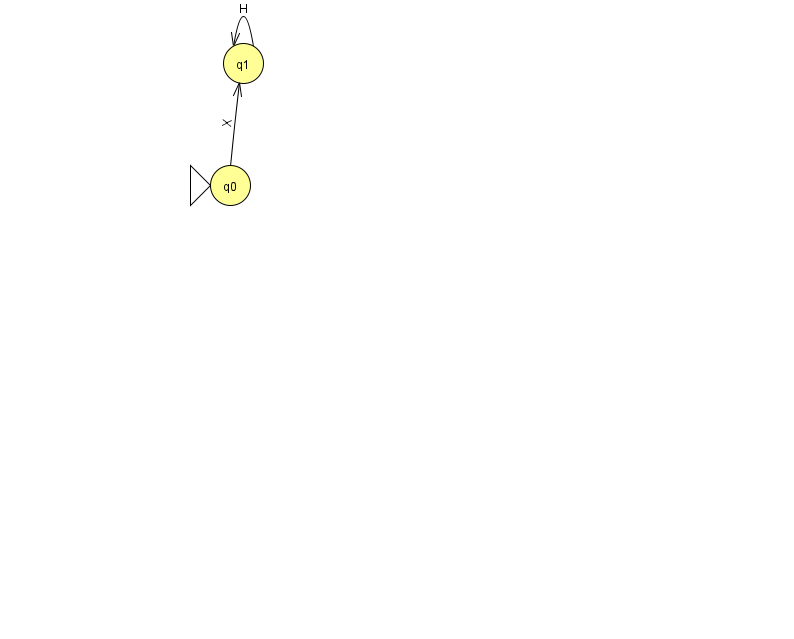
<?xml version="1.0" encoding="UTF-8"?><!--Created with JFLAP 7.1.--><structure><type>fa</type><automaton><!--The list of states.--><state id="0" name="q0"><x>230.0</x><y>172.0</y><initial/></state><state id="1" name="q1"><x>243.0</x><y>50.0</y></state><!--The list of transitions.--><transition><from>1</from><to>1</to><read>H</read></transition><transition><from>0</from><to>1</to><read>X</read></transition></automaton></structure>